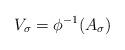
LaTeX: \begin{align*}V_{\sigma} = \phi^{-1}(A_{\sigma}) \end{align*}